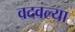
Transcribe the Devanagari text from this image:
वदवल्या